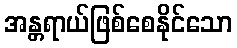
အန္တရာယ်ဖြစ်စေနိုင်သော